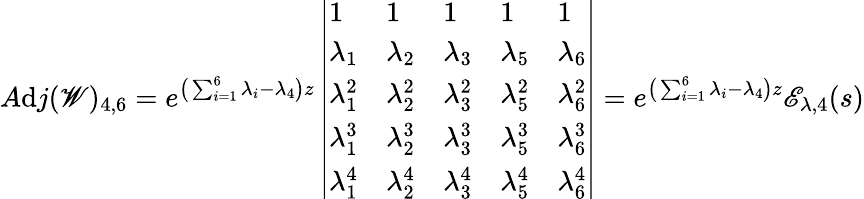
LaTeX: A\mathrm{d}j(\mathscr{{W}})_{4,6}=e^{\big(\sum_{i=1}^{6}\lambda_{i}-\lambda_{4}\big)z}\left|\begin{array}{lllll}{1}&{1}&{1}&{1}&{1}\\ {\lambda_{1}}&{\lambda_{2}}&{\lambda_{3}}&{\lambda_{5}}&{\lambda_{6}}\\ {\lambda_{1}^{2}}&{\lambda_{2}^{2}}&{\lambda_{3}^{2}}&{\lambda_{5}^{2}}&{\lambda_{6}^{2}}\\ {\lambda_{1}^{3}}&{\lambda_{2}^{3}}&{\lambda_{3}^{3}}&{\lambda_{5}^{3}}&{\lambda_{6}^{3}}\\ {\lambda_{1}^{4}}&{\lambda_{2}^{4}}&{\lambda_{3}^{4}}&{\lambda_{5}^{4}}&{\lambda_{6}^{4}}\end{array}\right|=e^{\big(\sum_{i=1}^{6}\lambda_{i}-\lambda_{4}\big)z}\mathscr{{E}}_{\lambda,4}(s)